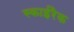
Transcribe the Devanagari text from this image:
स्काईरैक